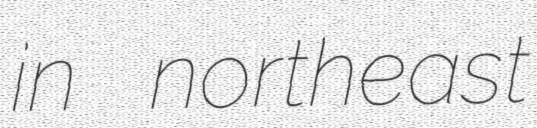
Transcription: in northeast